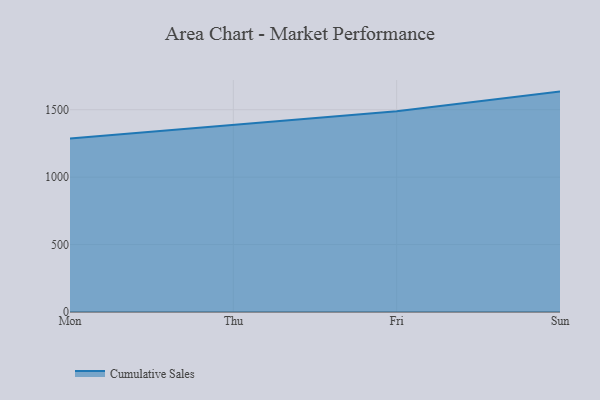
{"axis": {"x": "Day", "y": "Gross Profit (USD K)"}, "legend": ["Cumulative Sales"], "data": [{"x": "Mon", "y": 1286.3, "type": "Cumulative Sales"}, {"x": "Thu", "y": 1386.7, "type": "Cumulative Sales"}, {"x": "Fri", "y": 1488.4, "type": "Cumulative Sales"}, {"x": "Sun", "y": 1634.2, "type": "Cumulative Sales"}]}